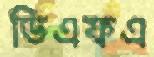
ডিএফএ